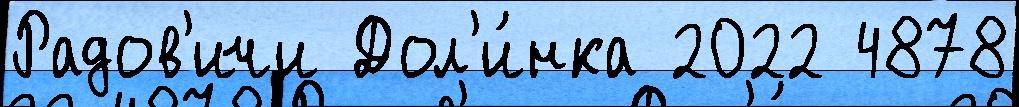
Радов'ичи Дол'и́нка 2022 4878